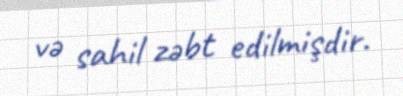
və sahil zəbt edilmişdir.